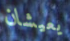
يعيشان